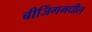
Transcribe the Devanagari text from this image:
बीजिंगमधील